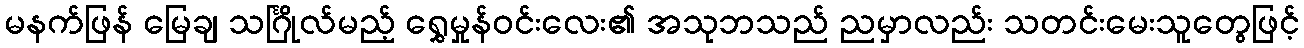
မနက်ဖြန် မြေချ သင်္ဂြိုလ်မည့် ရွှေမှုန်ဝင်းလေး၏ အသုဘသည် ညမှာလည်း သတင်းမေးသူတွေဖြင့်